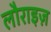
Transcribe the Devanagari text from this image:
लौराइज़